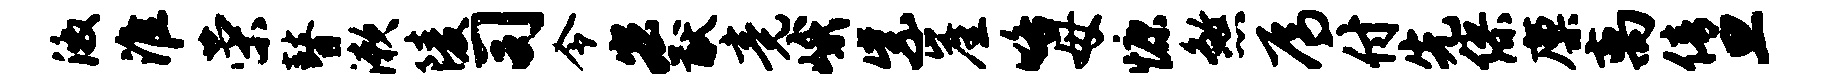
激淮荣瞽漱陵司令宏猷竟峨紫崖咯母慷煞焉付先缪廪离倩旦